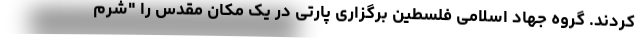
کردند. گروه جهاد اسلامی فلسطین برگزاری پارتی در یک مکان مقدس را "شرم